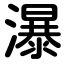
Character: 瀑